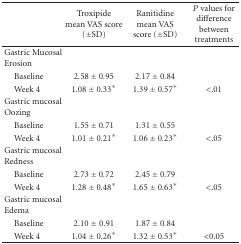
<table><thead><tr><td></td><td><b>Troxipide mean VAS score (±SD)</b></td><td><b>Ranitidine mean VAS score (±SD)</b></td><td><b><i>P</i> values for difference between treatments</b></td></tr></thead><tbody><tr><td>Gastric Mucosal Erosion</td><td></td><td></td><td></td></tr><tr><td> Baseline</td><td>2.58 ± 0.95</td><td>2.17 ± 0.84</td><td></td></tr><tr><td> Week 4</td><td>1.08 ± 0.33*</td><td>1.39 ± 0.57*</td><td>&lt;.01</td></tr><tr><td>Gastric mucosal Oozing</td><td></td><td></td><td></td></tr><tr><td> Baseline</td><td>1.55 ± 0.71</td><td>1.31 ± 0.55</td><td></td></tr><tr><td> Week 4</td><td>1.01 ± 0.21*</td><td>1.06 ± 0.23*</td><td>&lt;.05</td></tr><tr><td>Gastric mucosal Redness</td><td></td><td></td><td></td></tr><tr><td> Baseline</td><td>2.73 ± 0.72</td><td>2.45 ± 0.79</td><td></td></tr><tr><td> Week 4</td><td>1.28 ± 0.48*</td><td>1.65 ± 0.63*</td><td>&lt;.05</td></tr><tr><td>Gastric mucosal Edema</td><td></td><td></td><td></td></tr><tr><td> Baseline</td><td>2.10 ± 0.91</td><td>1.87 ± 0.84</td><td></td></tr><tr><td> Week 4</td><td>1.04 ± 0.26*</td><td>1.32 ± 0.53*</td><td>&lt;0.05</td></tr></tbody></table>